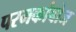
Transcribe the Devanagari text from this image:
परमकांबोज